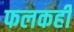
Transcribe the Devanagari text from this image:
फलकही